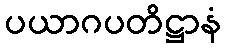
ပယာဂပတိဋ္ဌာနံ